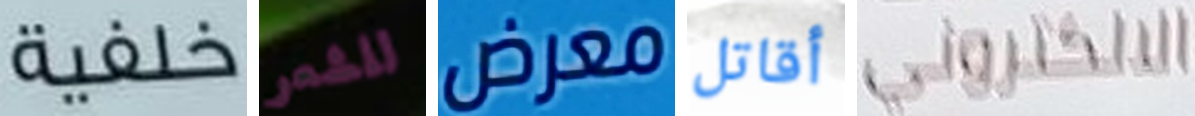
خلفية للشعر معرض أقاتل الالكتروني